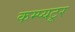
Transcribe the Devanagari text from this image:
कम्प्यटूर